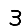
Digit: 3